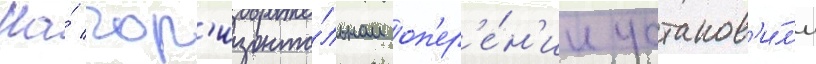
На́ гор'изонта́льном оп'ер'е́н'ии установ'и́л'и